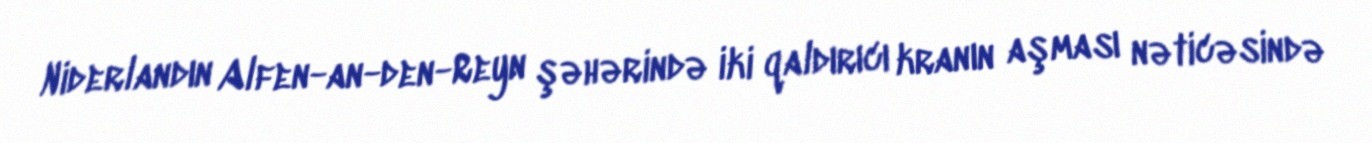
Niderlandın Alfen-an-den-Reyn şəhərində iki qaldırıcı kranın aşması nəticəsində